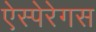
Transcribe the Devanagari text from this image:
ऐस्पेरेगस